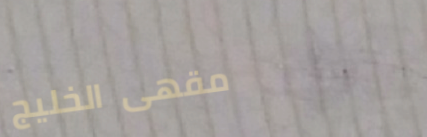
مقهى الخليج